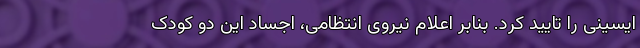
ایسینی را تایید کرد. بنابر اعلام نیروی انتظامی، اجساد این دو کودک